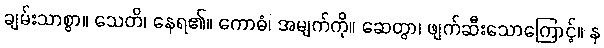
ချမ်းသာစွာ။ သေတိ၊ နေရ၏။ ကောဓံ၊ အမျက်ကို။ ဆေတွာ၊ ဖျက်ဆီးသောကြောင့်။ န